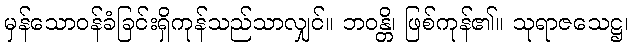
မှန်သောဝန်ခံခြင်းရှိကုန်သည်သာလျှင်။ ဘဝန္တိ၊ ဖြစ်ကုန်၏။ သုရာဇသေဋ္ဌ၊